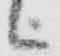
被